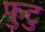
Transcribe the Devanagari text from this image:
फुटु